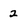
Character: 2